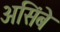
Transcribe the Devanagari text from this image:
असिंबे